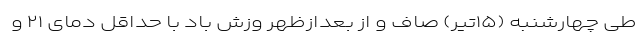
طی چهارشنبه (۱۵تیر) صاف و از بعدازظهر وزش باد با حداقل دمای ۲۱ و